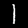
Digit: 1